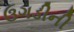
ઉગડીની